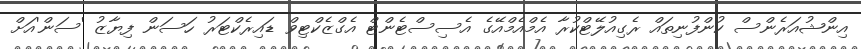
އިންޝުއަރެންސް ކުންފުނިތައް ރެގިއުލޭޓްކުރާ އެމްއެމްއޭގެ އެސިސްޓެންޓް އެގްޒެކްޓިވް ޑައިރެކްޓަރު ހަސަން ފިޔާޒު 'ސަން'އަށް